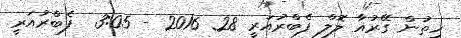
ހިތުން ގޭރުއާ ލޮލް ފެބްރުއަރީ 28